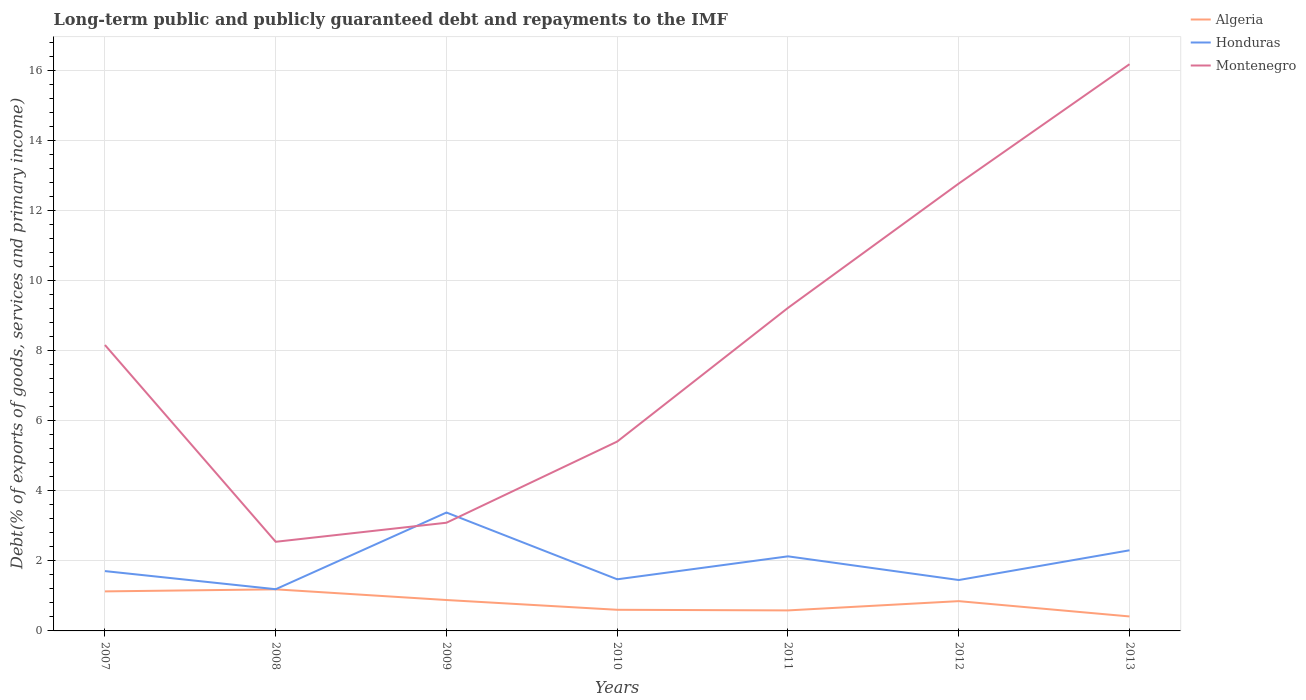
| Years | Algeria | Honduras | Montenegro |
 | --- | --- | --- | --- |
 | 2007 | 1.13 | 1.71 | 8.17 |
 | 2008 | 1.19 | 1.19 | 2.55 |
 | 2009 | 0.883 | 3.38 | 3.09 |
 | 2010 | 0.604 | 1.47 | 5.41 |
 | 2011 | 0.586 | 2.13 | 9.23 |
 | 2012 | 0.851 | 1.45 | 12.8 |
 | 2013 | 0.414 | 2.3 | 16.2 |